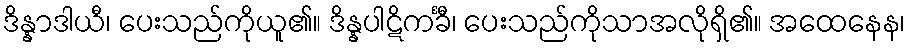
ဒိန္နာဒါယီ၊ ပေးသည်ကိုယူ၏။ ဒိန္နပါဋိကင်္ခီ၊ ပေးသည်ကိုသာအလိုရှိ၏။ အထေနေန၊